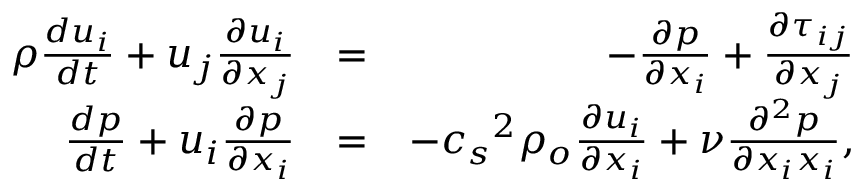
\begin{array} { r l r } { \rho \frac { d u _ { i } } { d t } + u _ { j } \frac { \partial u _ { i } } { \partial x _ { j } } } & { = } & { - \frac { \partial p } { \partial x _ { i } } + \frac { \partial \tau _ { i j } } { \partial x _ { j } } } \\ { \frac { d p } { d t } + u _ { i } \frac { \partial p } { \partial x _ { i } } } & { = } & { - { c _ { s } } ^ { 2 } \rho _ { o } \frac { \partial u _ { i } } { \partial x _ { i } } + \nu \frac { \partial ^ { 2 } p } { \partial x _ { i } x _ { i } } , } \end{array}